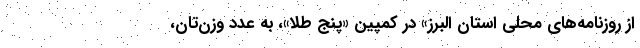
از روزنامه‌های محلی استان البرز» در کمپین «پنجِ طلا»، به عدد وزن‌تان،